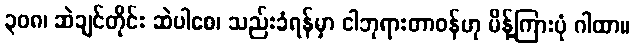
၃၀၈၊ ဆဲချင်တိုင်း ဆဲပါစေ၊ သည်းခံရန်မှာ ငါဘုရားတာဝန်ဟု မိန့်ကြားပုံ ဂါထာ။